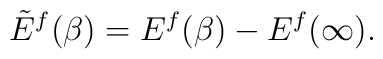
\tilde{E}^f(\beta)=E^f(\beta)-E^f(\infty).